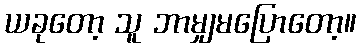
ယခုတော့ သူ ဘာမျှမပြောတော့။